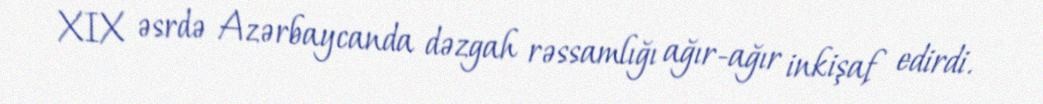
XIX əsrdə Azərbaycanda dəzgah rəssamlığı ağır-ağır inkişaf edirdi.